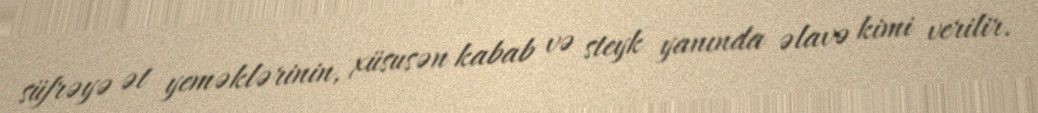
süfrəyə ət yeməklərinin, xüsusən kabab və steyk yanında əlavə kimi verilir.